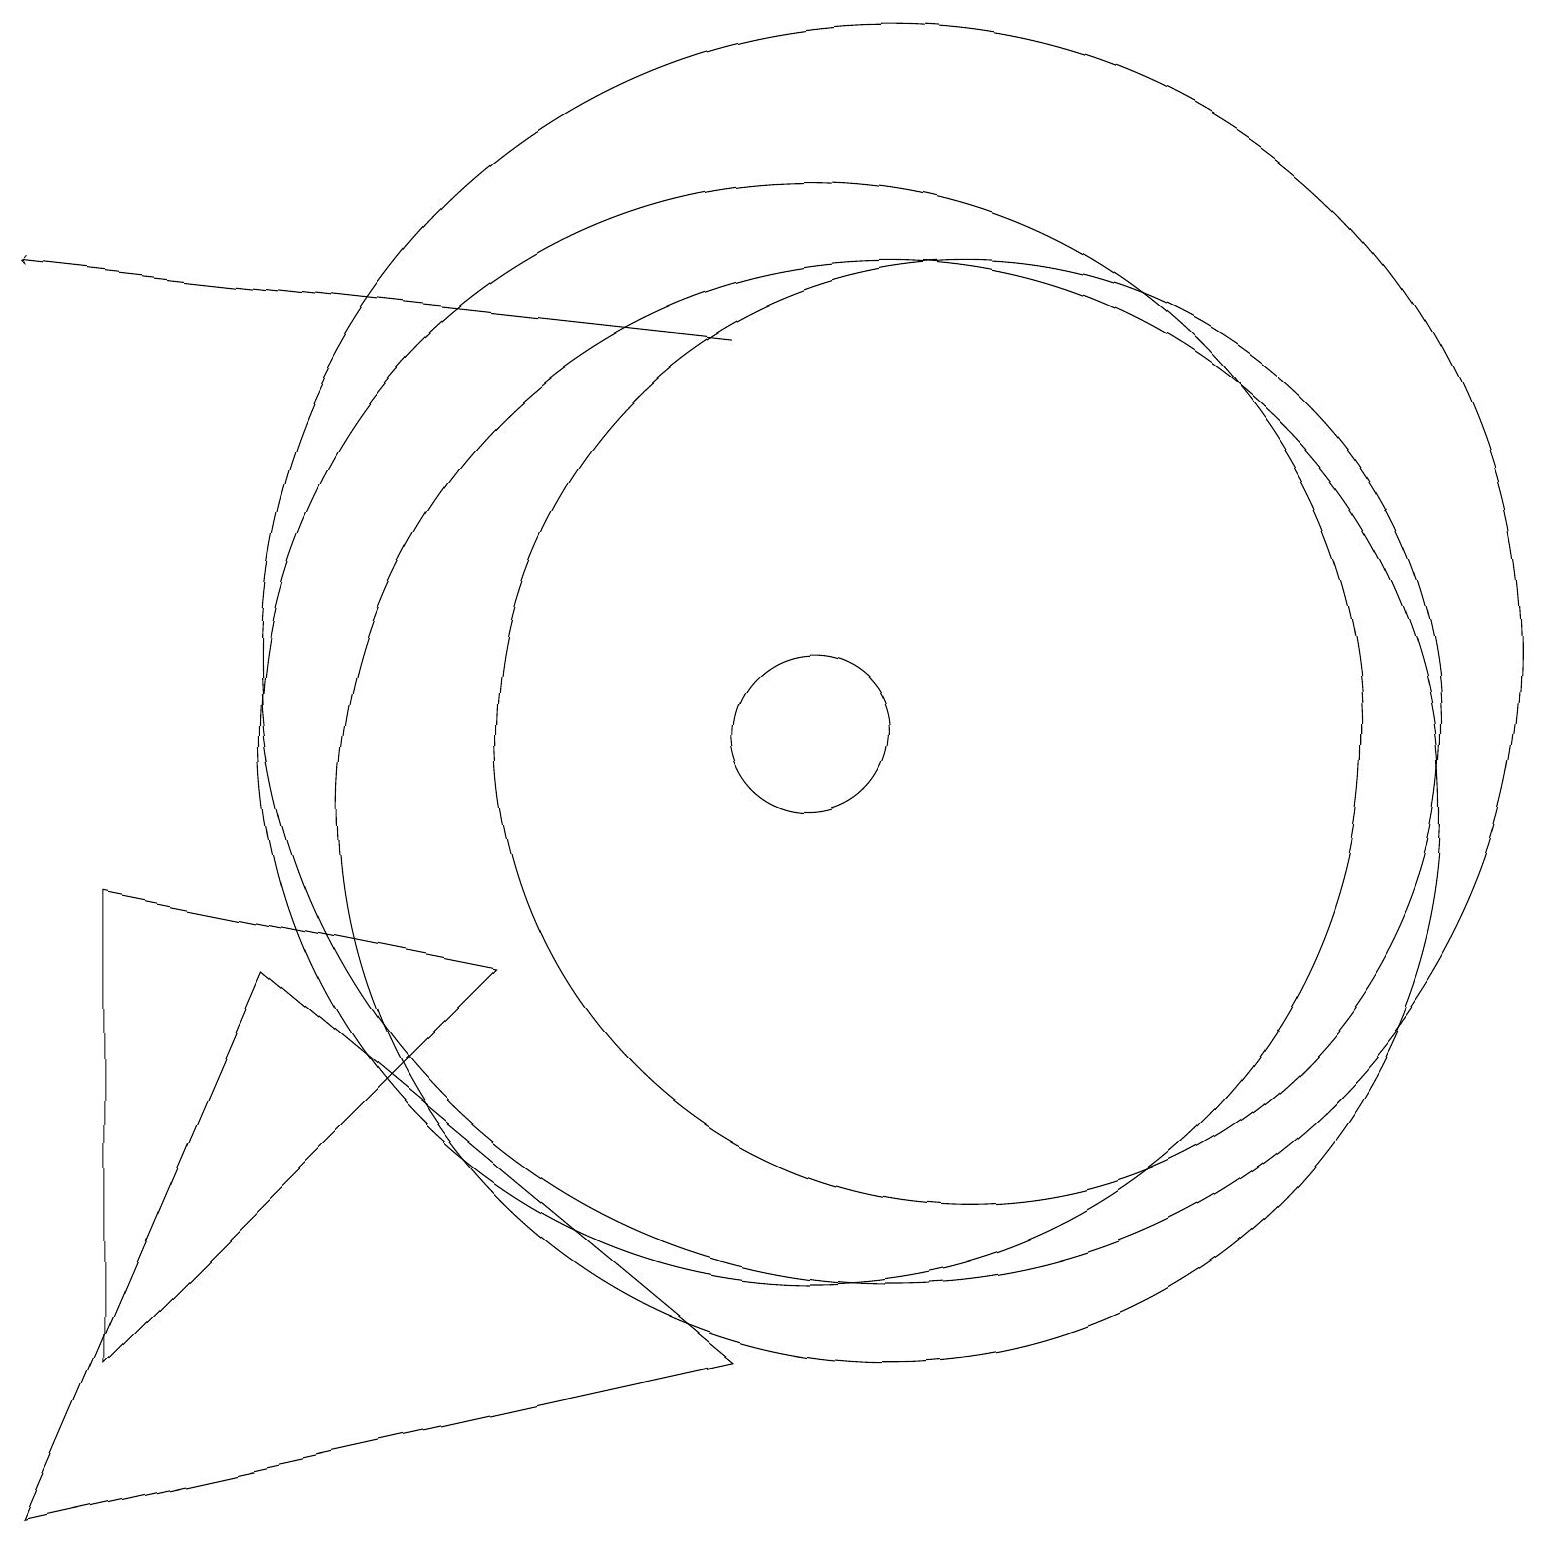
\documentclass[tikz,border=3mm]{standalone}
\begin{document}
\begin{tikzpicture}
\draw (11,10) circle (7);
\draw (0,1) -- (9,3) -- (3,8) -- cycle;
\draw[->] (9,16) -- (0,17);
\draw (1,3) -- (1,9) -- (6,8) -- cycle;
\draw (11,12) circle (8);
\draw (12,11) circle (6);
\draw (10,11) circle (1);
\draw (10,11) circle (7);
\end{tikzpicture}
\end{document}